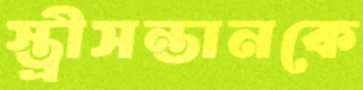
স্ত্রীসন্তানকে